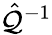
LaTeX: \hat{\mathcal{Q}}^{-1}